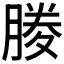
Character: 𭩃